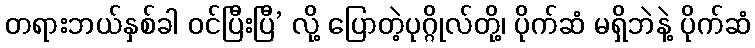
တရားဘယ်နှစ်ခါ ဝင်ပြီးပြီ’ လို့ ပြောတဲ့ပုဂ္ဂိုလ်တို့၊ ပိုက်ဆံ မရှိဘဲနဲ့ ပိုက်ဆံ